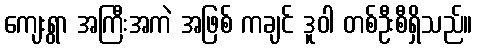
ကျေးရွာ အကြီးအကဲ အဖြစ် ကချင် ဒူဝါ တစ်ဦးစီရှိသည်။